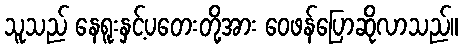
သူသည် နေရူးနှင့်ပတေးတို့အား ဝေဖန်ပြောဆိုလာသည်။